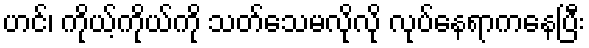
ဟင်၊ ကိုယ့်ကိုယ်ကို သတ်သေမလိုလို လုပ်နေရာကနေပြီး